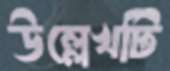
উল্লেখটি